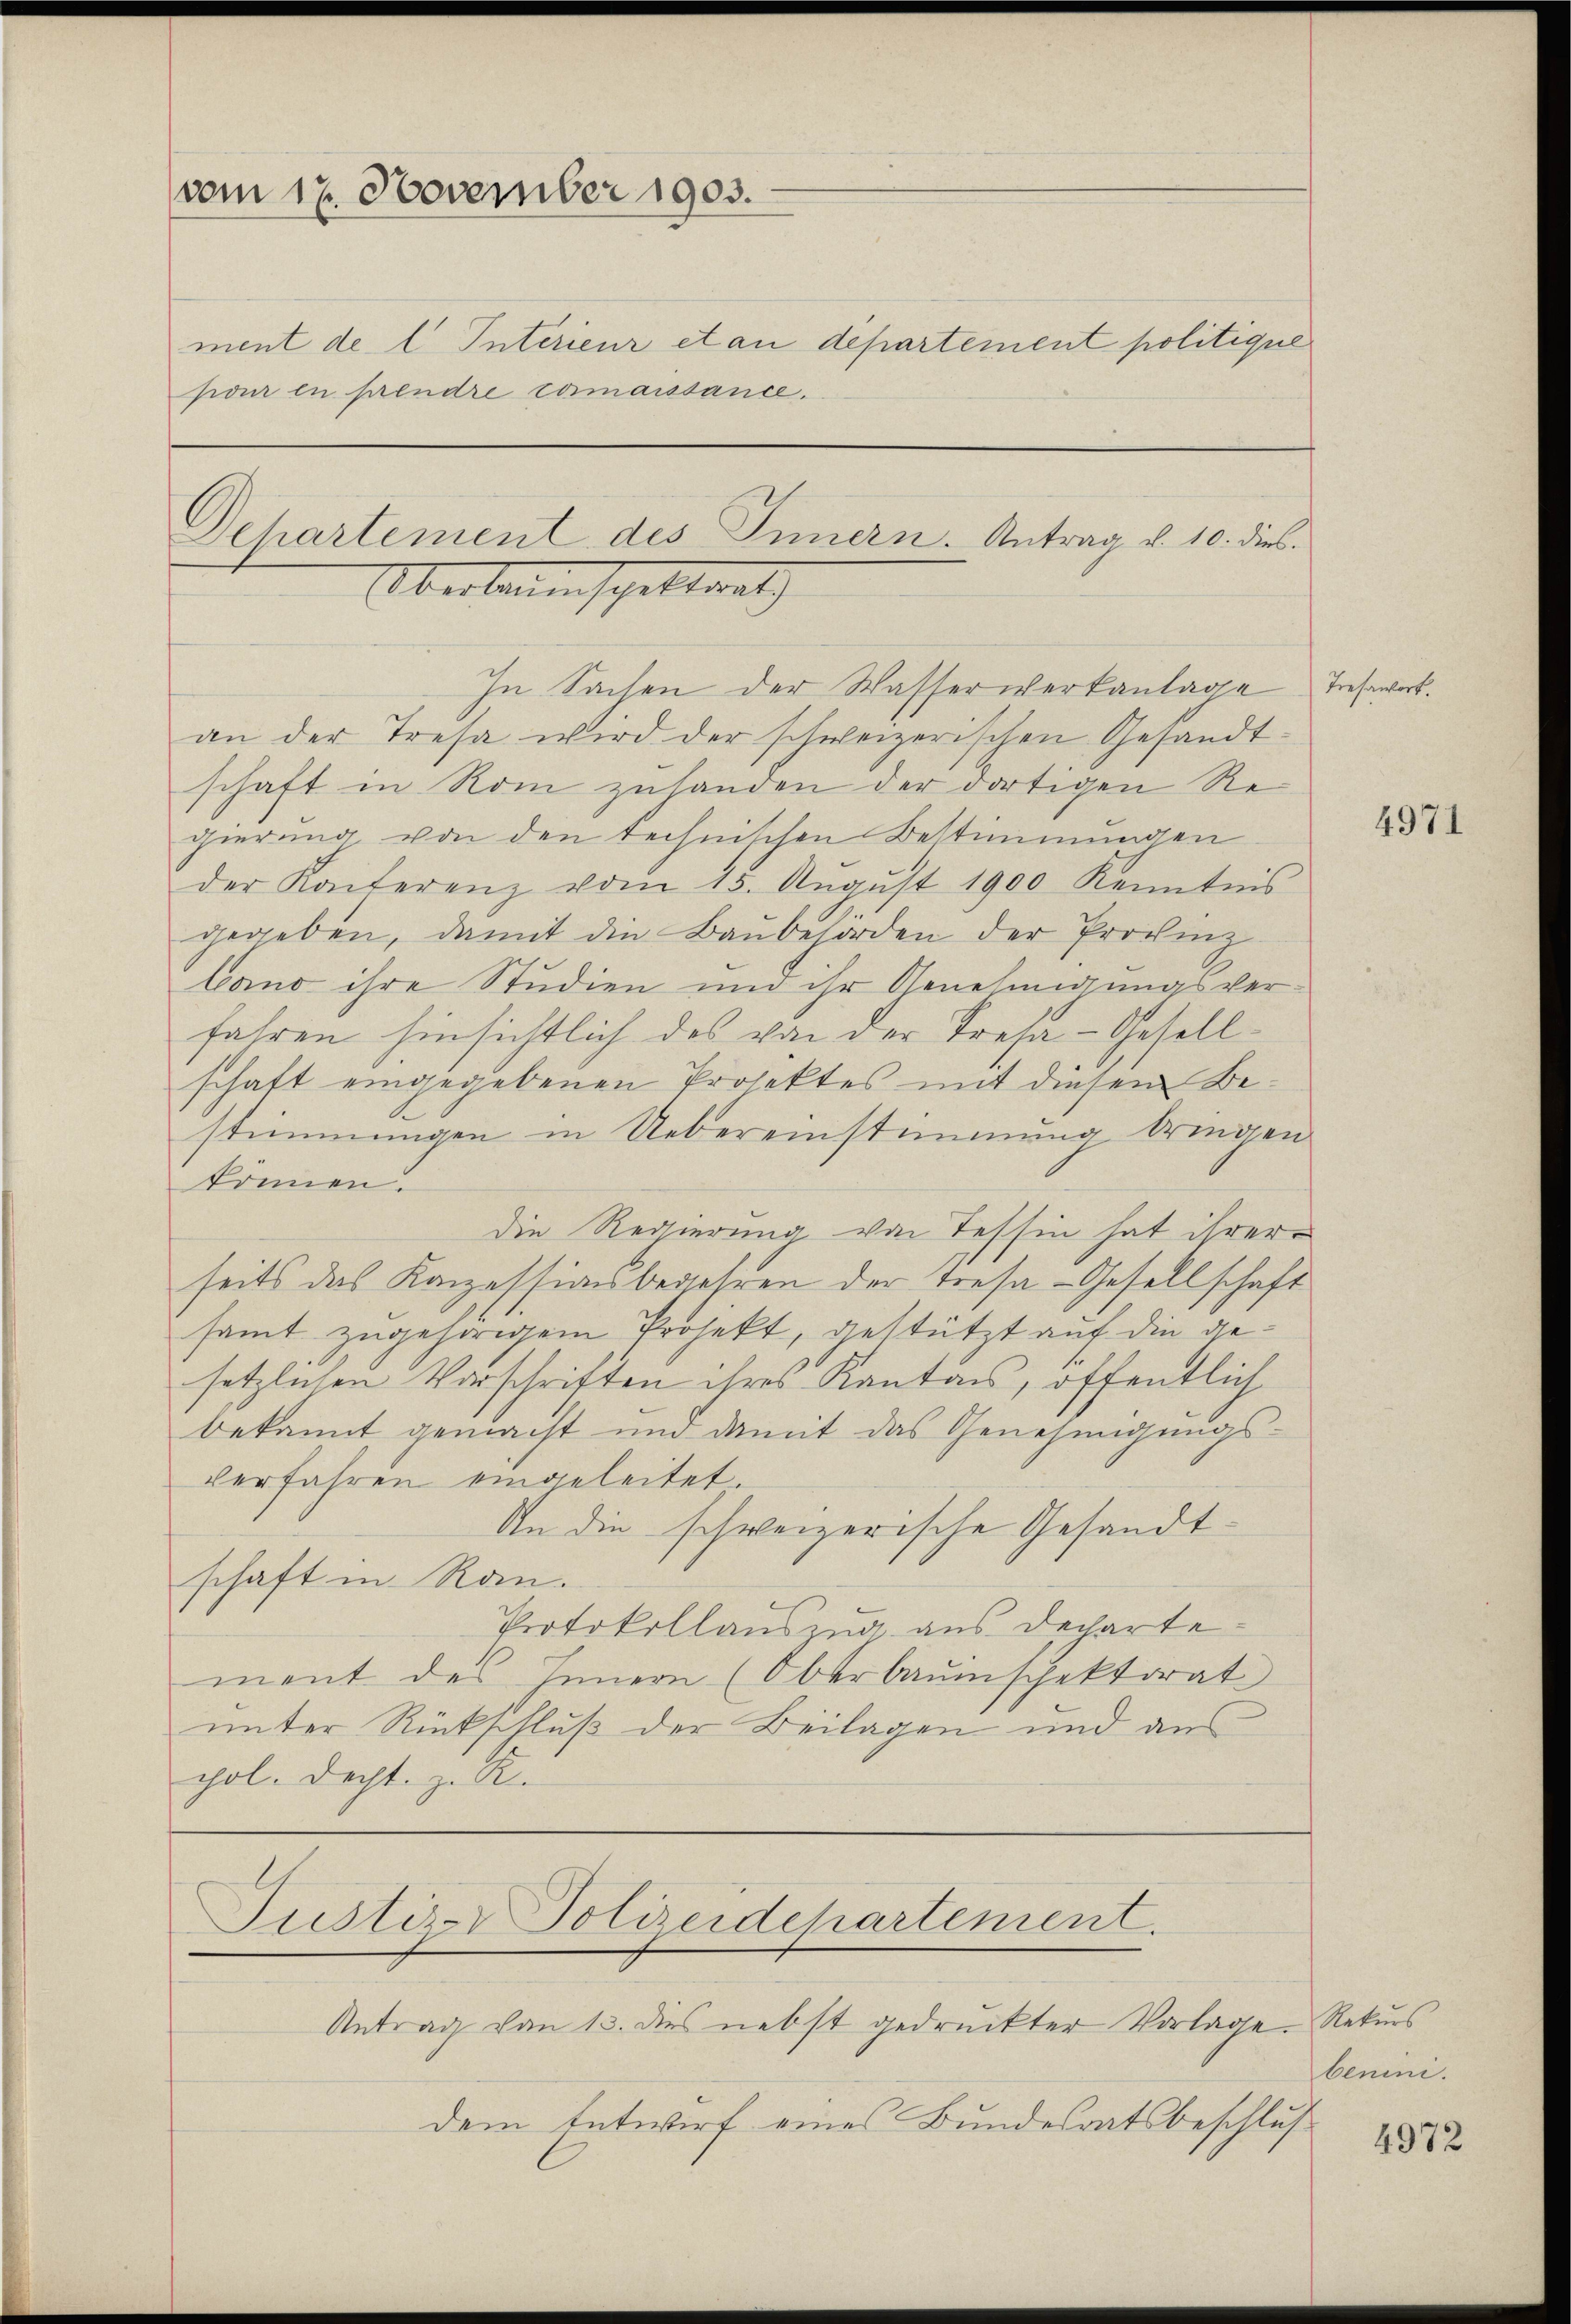
vom 17. November 1903.

Dehartement des Innern. Antrag v. 10. dies
Überbauinspettrat

ment de l Interieur et an departement politique
pour en prendre commaissance.

In Sachen der Wasserwerkanlage tref
an der Tresa wird der schweizerischen Gesandtschaft in Rom zuhanden der dortigen Regierung von den technischen Bestimmungen
der Konferenz vom 15. Aŭgŭst 1900 Kenntnis
gegeben, damit die Baubehörden der Provinz
land ihre Studien und ihr Genehmigungsverfahren hinsichtlich das von der Tresa-Gesellschaft eingegebenen Projektes mit diesem Bestimmungen in Uebereinstimmung bringen
können.
die Regierung von Tessin hat ihrer
seits das Konzessionsbegehren der Tresa-Gesellschaft
samt zugehörigen Projekt, gestützt auf die gesetzlichen Vorschriften ihres Kanton, öffentlich
bekannt gemacht und damit das Genehmigungs-
verfahren eingeleitet.
An die schweizerische Gesandtschaft in Ran.
Protokollauszug aus dechartement des Innern (Oberbaŭmschektorat
unter Rückschluß der Beilagen und aus
chol. Decht. z. R.
Justiz-Polizeidepartement.
Antrag von 13. dies nebst gedruckter Vorlage Rekurs
dem Entwurf eines Bundesratsbeschluß

4971

benini.

4972